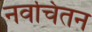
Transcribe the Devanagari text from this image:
नवचिंतन